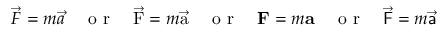
\vec { F } = m \vec { a } \quad \textrm { o r } \quad \vec { \mathrm { F } } = m \vec { \mathrm { a } } \quad \textrm { o r } \quad \mathbf { F } = m \mathbf { a } \quad \textrm { o r } \quad \vec { \mathsf { F } } = m \vec { \mathsf { a } }